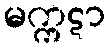
မက္ကဋာ